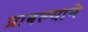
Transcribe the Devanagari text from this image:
प्राबल्याने